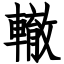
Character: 轍